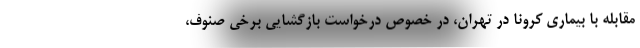
مقابله با بیماری کرونا در تهران، در خصوص درخواست بازگشایی برخی صنوف،